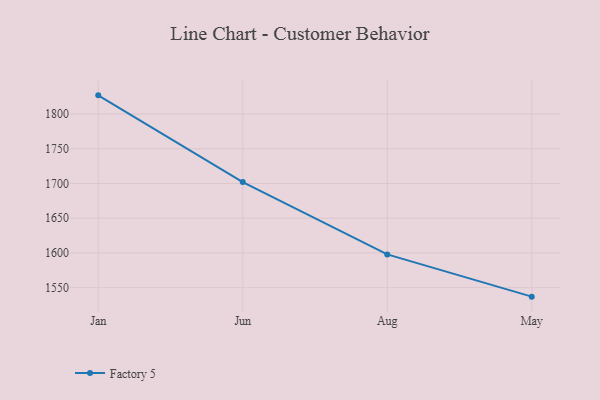
{"axis": {"x": "Month", "y": "Shipments"}, "legend": ["Factory 5"], "data": [{"x": "Jan", "y": 1827.0, "type": "Factory 5"}, {"x": "Jun", "y": 1702.1, "type": "Factory 5"}, {"x": "Aug", "y": 1597.9, "type": "Factory 5"}, {"x": "May", "y": 1537.0, "type": "Factory 5"}]}